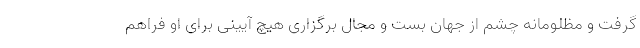
گرفت و مظلومانه چشم از جهان بست و مجال برگزاری هیچ آیینی برای او فراهم